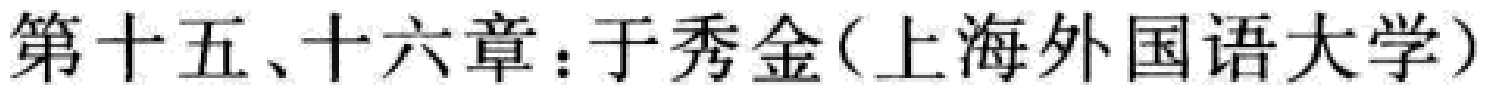
第十五、十六章：于秀金(上海外国语大学)